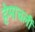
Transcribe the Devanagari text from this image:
हेमाचलीं